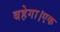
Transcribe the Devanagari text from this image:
बहेगा।एक